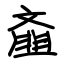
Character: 齑